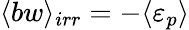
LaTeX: \langle bw\rangle_{irr}=-\langle\varepsilon_{p}\rangle